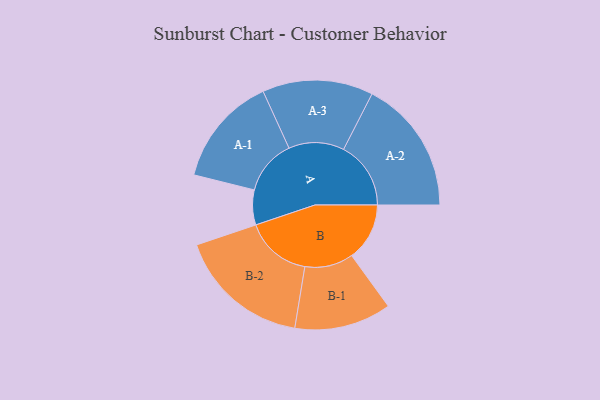
{"axis": {"x": "Segment", "y": "Value"}, "legend": ["", "A", "B"], "data": [{"x": "A", "y": 126, "type": ""}, {"x": "B", "y": 209, "type": ""}, {"x": "A-1", "y": 199, "type": "A"}, {"x": "A-2", "y": 243, "type": "A"}, {"x": "A-3", "y": 200, "type": "A"}, {"x": "B-1", "y": 175, "type": "B"}, {"x": "B-2", "y": 240, "type": "B"}]}